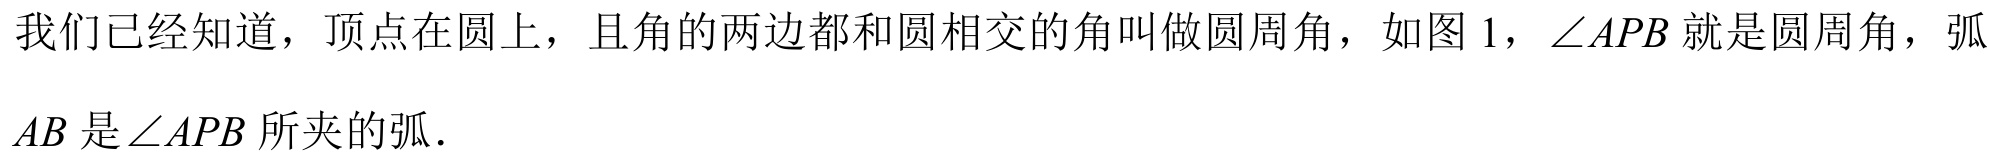
我们已经知道，顶点在圆上，且角的两边都和圆相交的角叫做圆周角，如图 1，\(\angle APB\)就是圆周角，弧\(AB\)是\(\angle APB\)所夹的弧．